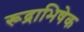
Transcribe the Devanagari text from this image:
रूद्राभिषेक